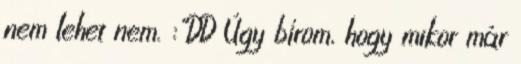
nem lehet nem. :"DD Úgy bírom, hogy mikor már